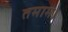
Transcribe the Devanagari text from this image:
तमाम।